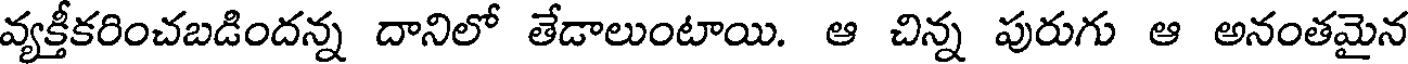
వ్యక్తీకరించబడిందన్న దానిలో తేడాలుంటాయి. ఆ చిన్న పురుగు ఆ అనంతమైన